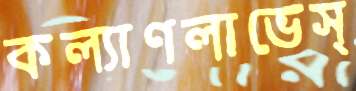
কল্যাণলাভেস্